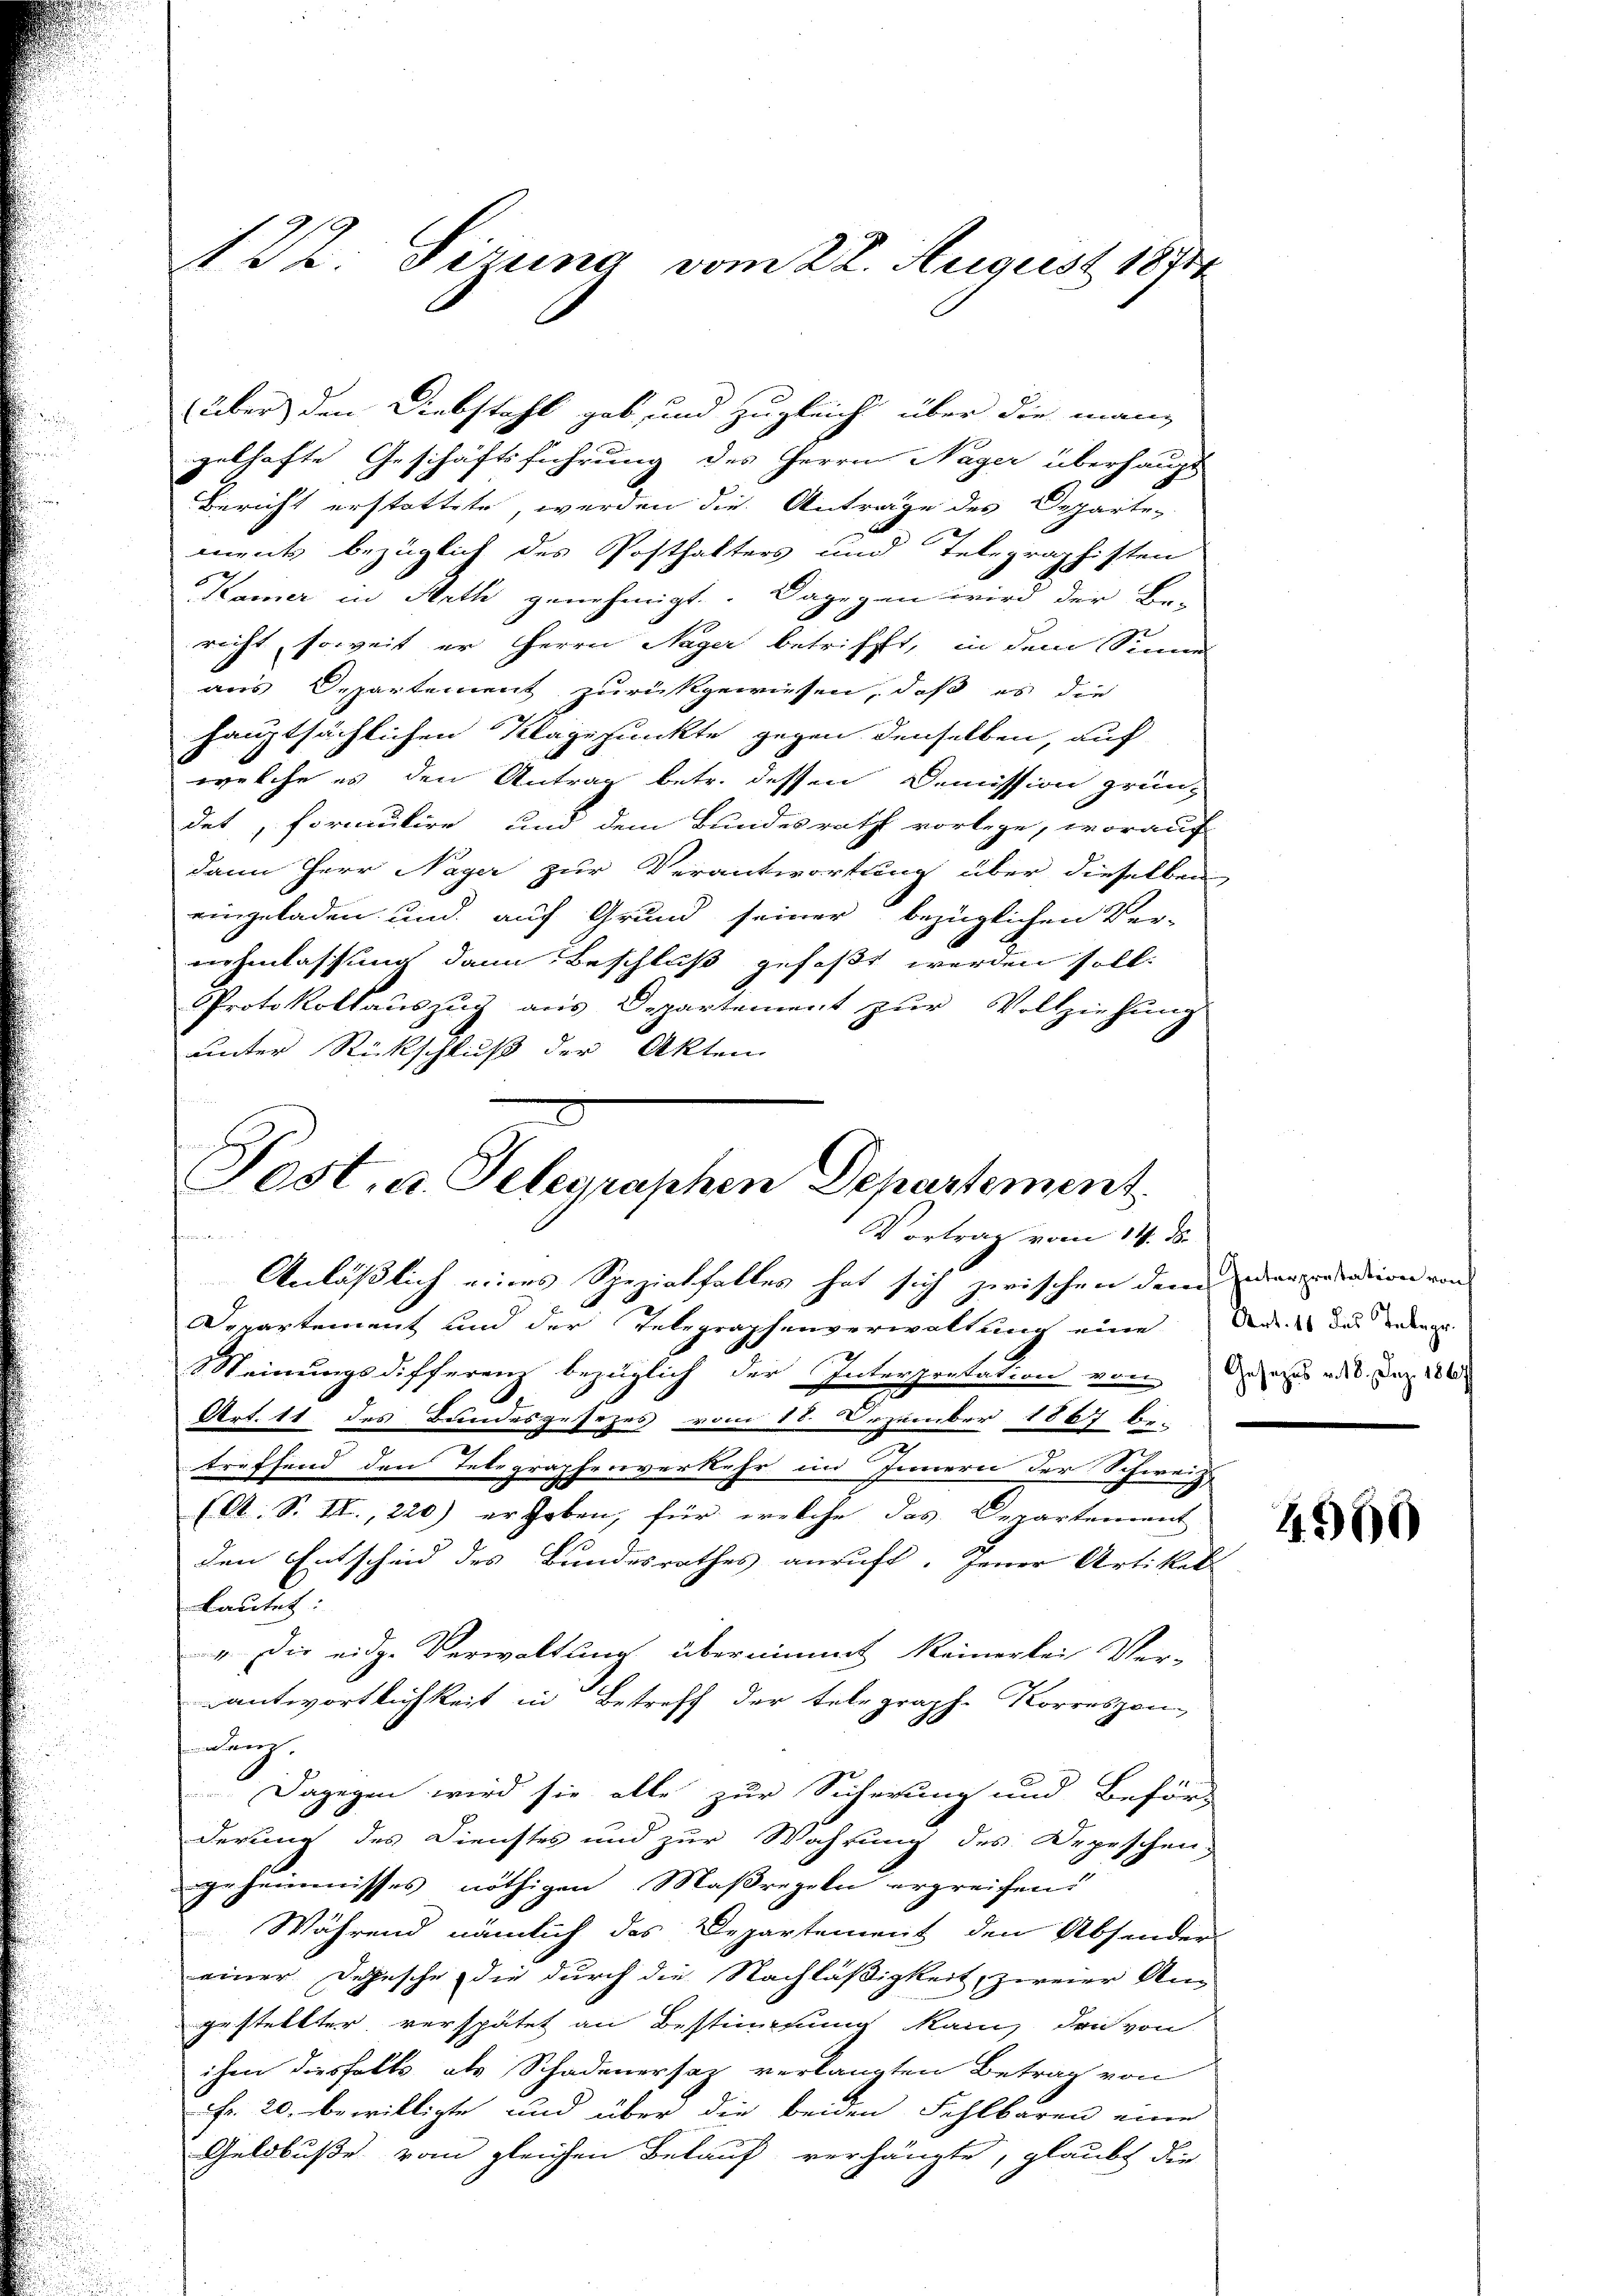
über den Diebstahl gab, und zugleich über die mang
gelhafte Geschäftsführung des Herrn Nager überhaupt
Bericht erstattete, werden die Antrage des Departe-
ments bezüglich des Posthalters und Telegraphisten
Kamer in Arth genehmigt. Dagegen wird der Be-
richt, soweit er Herrn Nager betrifft, in dem Sinne
aus Departement zurückgewiesen, daß es die
hauptsächlichen Klagepunkte gegen denselben, auf
welche es den Antrag betr. dessen Demission grün-
det, formulire und dem Bundesrath vorlege, worauch
dann Herr Nager zur Verantwortung über dieselben
eingeladen und auf Grund seiner bezüglichen Ver-
nehmlassung dann Beschluß gefaßt werden soll.
Protokollauszug aus Departement zur Vollziehung
unter Rückschluß der Akten

N 22. Sirung vom 22. August 1891

Post. a. Gelegraphen Departement

Vortrag vom 14. d.

Anläßlich eines Spezialfalles hat sich zwischen dem Deparation von
Departement und der Telegraphenverwaltung eine der Du erlange
Steinungsdifferenz bezüglich der Interpretation von das adel. Der 186
Art. 11 des Bundesgesezes vom 18. Dezember 1867 be-
treffend den Telegraphenverkehr im Innern der Schweize
(A. S. II., 220) er hoben, für welche das Departement
1
den Entscheid des Bundesrathes anruft. Jener Artikel
lautet:
". Die eidge Verwaltung übernimmt keinerlei Ver-
antwortlichkeit in Betreff der telegraph. Korrespon
ung.
Dagegen wird sie alle zur Sicherung und Beför-
derung des Dienstes und zur Wahrung des Depeschen
geheimnisses nöthigen Maßregeln ergreifen.
Während nämlich des Departement den Absender
einer Depesche die durch die Nachläßigkeit, zweier An-
gestellter verspätet an Bestimmung kam, den von
ihm diesfalls als Schadenersatz verlangten Betrag von
Fr. 20. bewilligte und über die beiden Fehlbaren eine
Geldbuße vom gleichen Belauf verhängte, glaubt die

e

4960